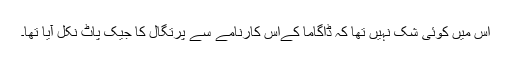
اس میں کوئی شک نہیں تھا کہ ڈاگاما کےاس کارنامے سے پرتگال کا جیک پاٹ نکل آیا تھا۔